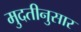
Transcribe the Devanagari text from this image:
मुदतीनुसार